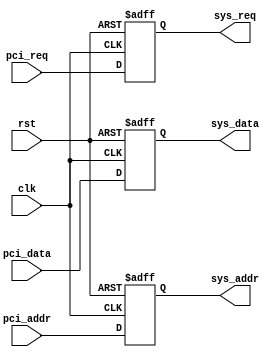
module timing_control(
  input wire clk,
  input wire rst,
  input wire pci_data,
  input wire pci_addr,
  input wire pci_req,
  output reg sys_data,
  output reg sys_addr,
  output reg sys_req
);

// Clock signal management
always @(posedge clk or posedge rst) begin
  if (rst) begin
    // Reset logic
    sys_data <= 1'b0;
    sys_addr <= 8'b0;
    sys_req <= 1'b0;
  end else begin
    // Synchronization logic
    sys_data <= pci_data;
    sys_addr <= pci_addr;
    sys_req <= pci_req;
  end
end

endmodule